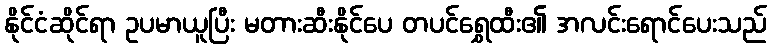
နိုင်ငံဆိုင်ရာ ဥပမာယူပြီး မတားဆီးနိုင်ပေ တပင်ရွှေထီး၏ အလင်းရောင်ပေးသည်